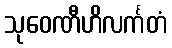
သုဝေဏီဟိလင်္ကတံ